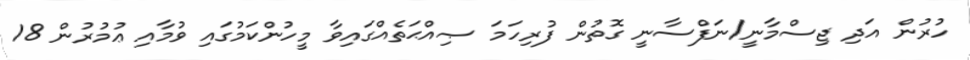
ހުރުން އަދި ޖިސްމާނީ/ނަފްސާނީ ގޮތުން ފުރިހަމަ ޞިއްޙަތެއްގައިވާ މީހުންކަމުގައި ވުމާއި ޢުމުރުން 18